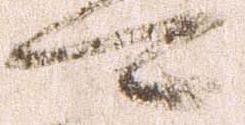
可